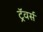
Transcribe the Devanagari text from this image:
ट्रॅवर्स